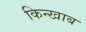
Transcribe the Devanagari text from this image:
किन्खाब